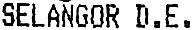
SELANGOR D.E.